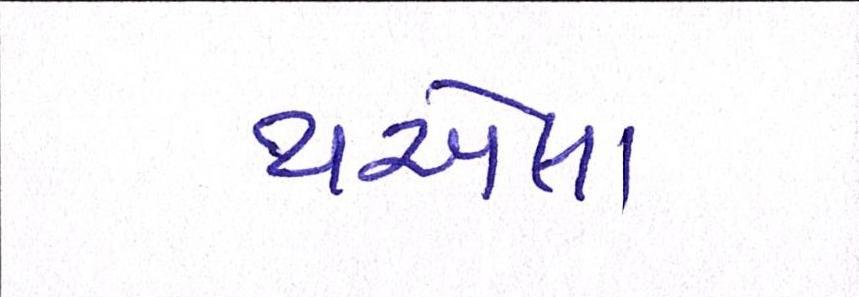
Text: થએલા